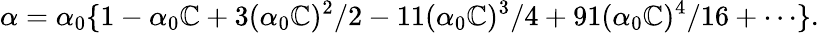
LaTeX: \alpha=\alpha_{0}\{ 1-\alpha_{0}\mathbb{C}+3(\alpha_{0}\mathbb{C})^{2}/2-11(\alpha_{0}\mathbb{C})^{3}/4+91(\alpha_{0}\mathbb{C})^{4}/16+\cdots\} .